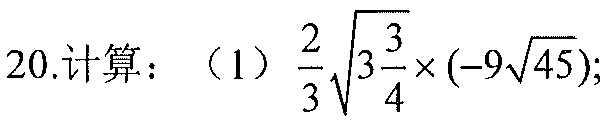
20.计算：（1）\(\frac{2}{3}\sqrt{3\frac{3}{4}}\times(-9\sqrt{45})\);